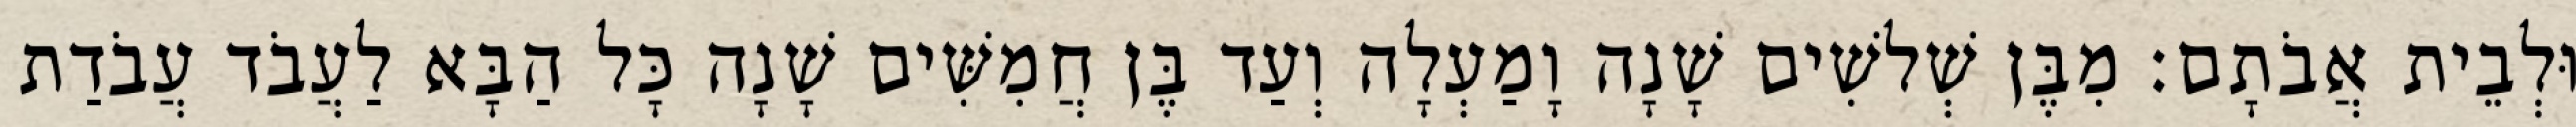
וּלְבֵית אֲבֹתָם׃ מִבֶּן שְׁלשִׁים שָׁנָה וָמַעְלָה וְעַד בֶּן חֲמִשִּׁים שָׁנָה כָּל הַבָּא לַעֲבֹד עֲבֹדַת